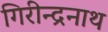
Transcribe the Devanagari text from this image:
गिरीन्द्रनाथ